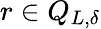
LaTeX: r\in Q_{L,\delta}